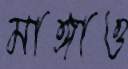
মাঙ্গাও